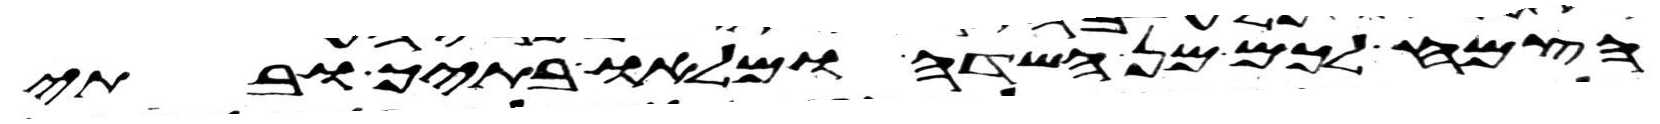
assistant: הצמח לכם מן השדה ומלאו בתיך ובתי